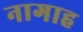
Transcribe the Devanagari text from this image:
नागाह